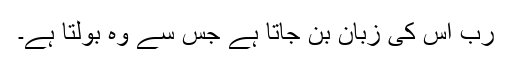
رب اُس کی زبان بن جاتا ہے جس سے وہ بولتا ہے۔